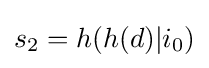
s_{2}=h(h(d)|i_{0})